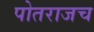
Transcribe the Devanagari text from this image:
पोतराजच